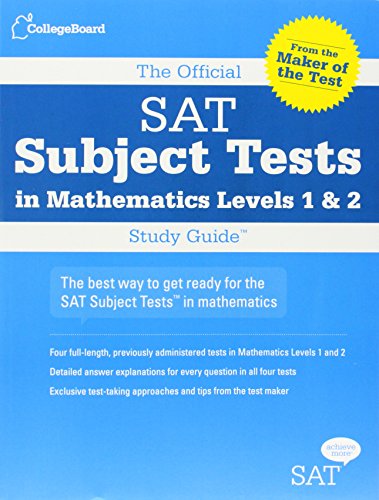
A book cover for The Official SAT Subject Tests in Mathematics Levels 1 & 2 Study Guide; The College Board; Test Preparation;